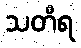
သတိရ